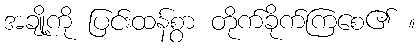
အချို့ကို ပြင်းထန်စွာ တိုက်ခိုက်ကြစေ၏ ။